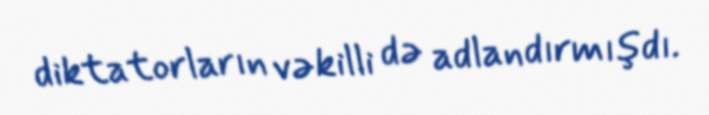
diktatorların vəkilli də adlandırmışdı.